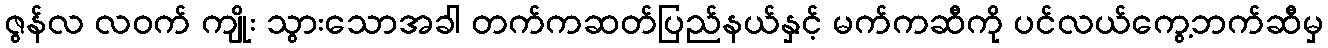
ဇွန်လ လဝက် ကျိုး သွားသောအခါ တက်ကဆတ်ပြည်နယ်နှင့် မက်ကဆီကို ပင်လယ်ကွေ့ဘက်ဆီမှ